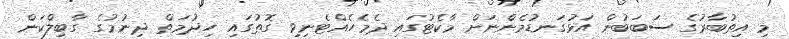
މި އިތުބާރުގެ ސަބަބުން އަޅުގަނޑުމެންނަށް މާކެޓުގައި ދެމެހެއްޓެނިވި ގޮތުގައި ހިދުމަތް ދިނުމުގެ ގާބިލްކަން